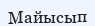
Майысып